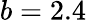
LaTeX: b=2.4